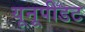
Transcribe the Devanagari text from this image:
यूनूपीडट